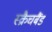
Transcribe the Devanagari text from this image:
स्क्रैचबैंड